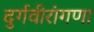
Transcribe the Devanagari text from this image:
दुर्गवीरांगणा